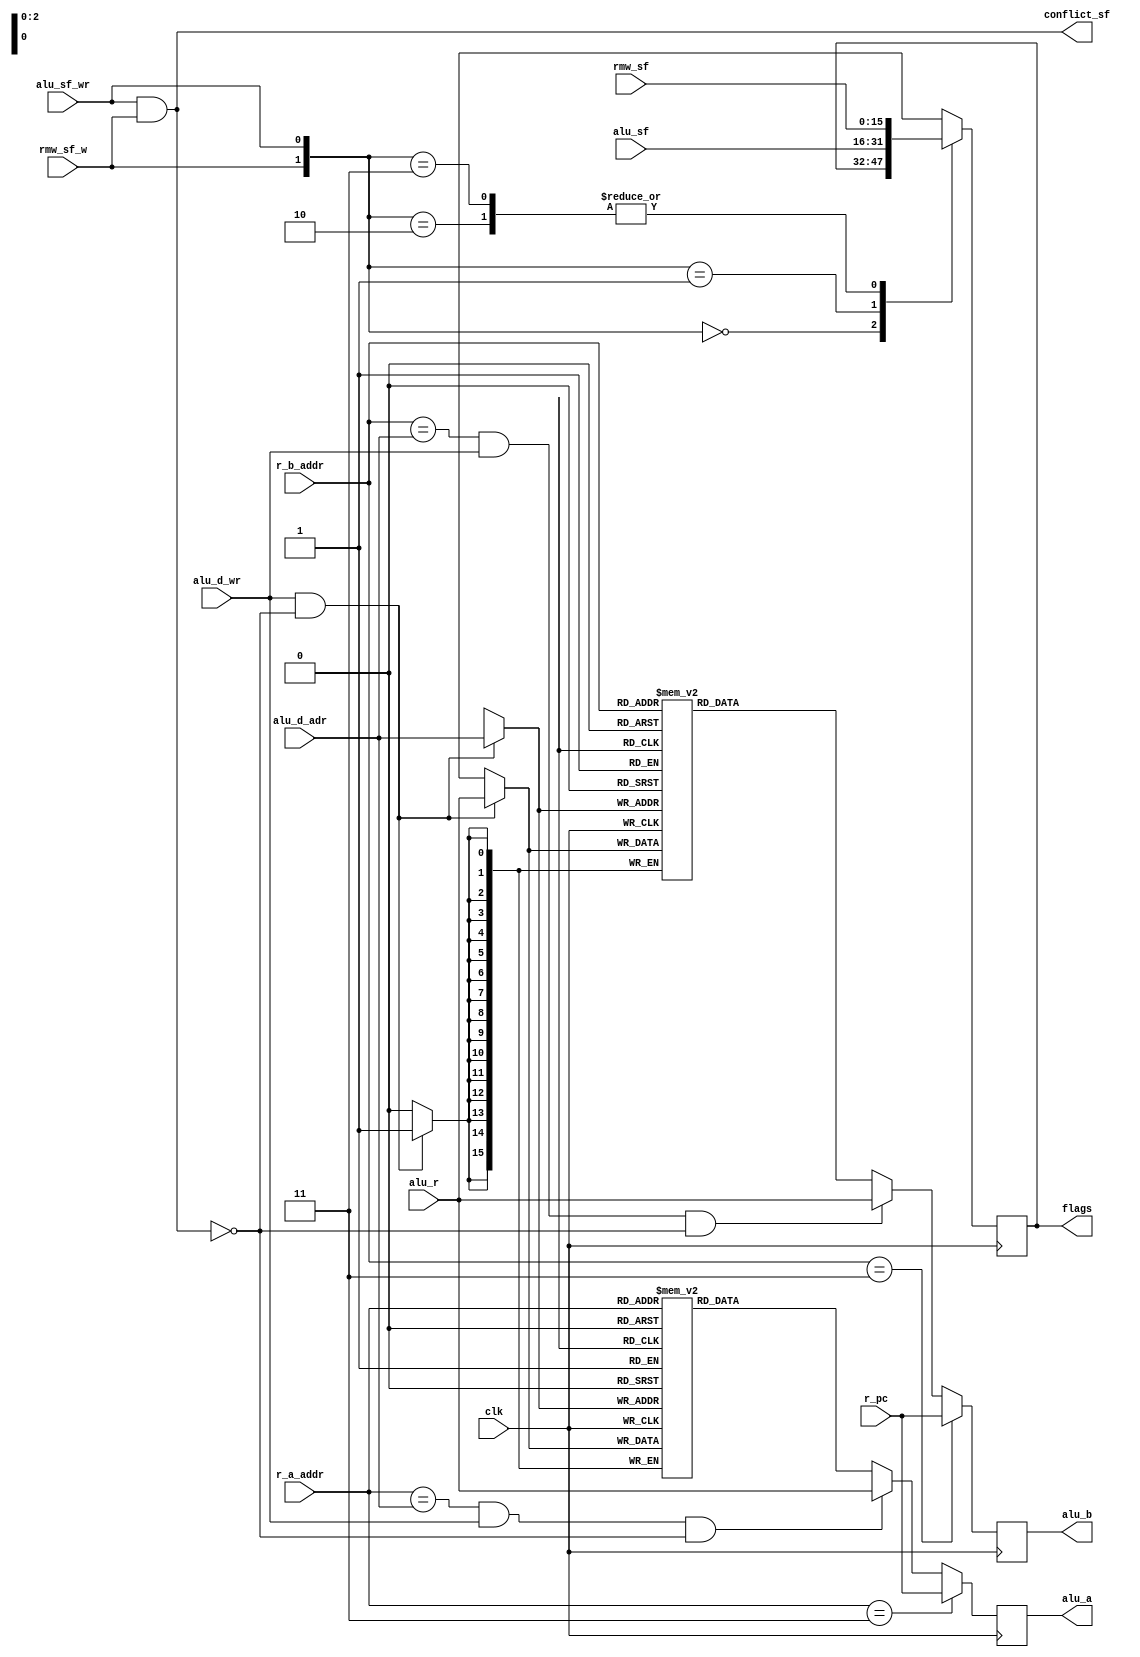

module regfile(
    input   wire        clk,
    
    //R Station Interface
    input   wire[2:0]   r_a_addr,
    input   wire[2:0]   r_b_addr,
    input   wire[15:0]  r_pc,
    
    //ALU interface
    input   wire[15:0]  alu_r,
    input   wire[15:0]  alu_sf,
    output  wire[15:0]  alu_a,
    output  wire[15:0]  alu_b,
    
    //ALU rmw interface
    input   wire[15:0]  rmw_sf,
    input   wire        rmw_sf_w,
    
    //Control Interface
    input   wire        alu_d_wr,
    input   wire[2:0]   alu_d_adr,
    input   wire        alu_sf_wr,
    output  wire        conflict_sf,
    
    //Both ALU & ID
    output  wire[15:0]  flags
);

assign conflict_sf = alu_sf_wr & rmw_sf_w; // if both try to write flags, ALU fail and operation must be repeated

wire conflict_a = (r_a_addr == alu_d_adr) & alu_d_wr & ~conflict_sf;
wire conflict_b = (r_b_addr == alu_d_adr) & alu_d_wr & ~conflict_sf;

wire is_a_pc = (r_a_addr == 3'b011);
wire is_b_pc = (r_b_addr == 3'b011);

reg[15:0] bank_a[0:7];
reg[15:0] bank_b[0:7];

reg[15:0] a;
reg[15:0] b;

reg[15:0] sf;

always @(posedge clk) begin
    case ( { rmw_sf_w, alu_sf_wr } )
    2'b00: sf <= sf;
    2'b01: sf <= alu_sf;
    2'b10: sf <= rmw_sf;
    2'b11: sf <= rmw_sf;
    endcase
end

always @(posedge clk) begin
    a <= is_a_pc ? r_pc : ( conflict_a ? alu_r : bank_a[r_a_addr] );
    b <= is_b_pc ? r_pc : ( conflict_b ? alu_r : bank_b[r_b_addr] );
    if ( alu_d_wr & ~conflict_sf ) begin
        $display("Write Reg %h: %h\n", alu_d_adr, alu_r);
        bank_a[ alu_d_adr ] <= alu_r;
        bank_b[ alu_d_adr ] <= alu_r;
    end
end

assign alu_a = a;
assign alu_b = b;
assign flags = sf;

endmodule